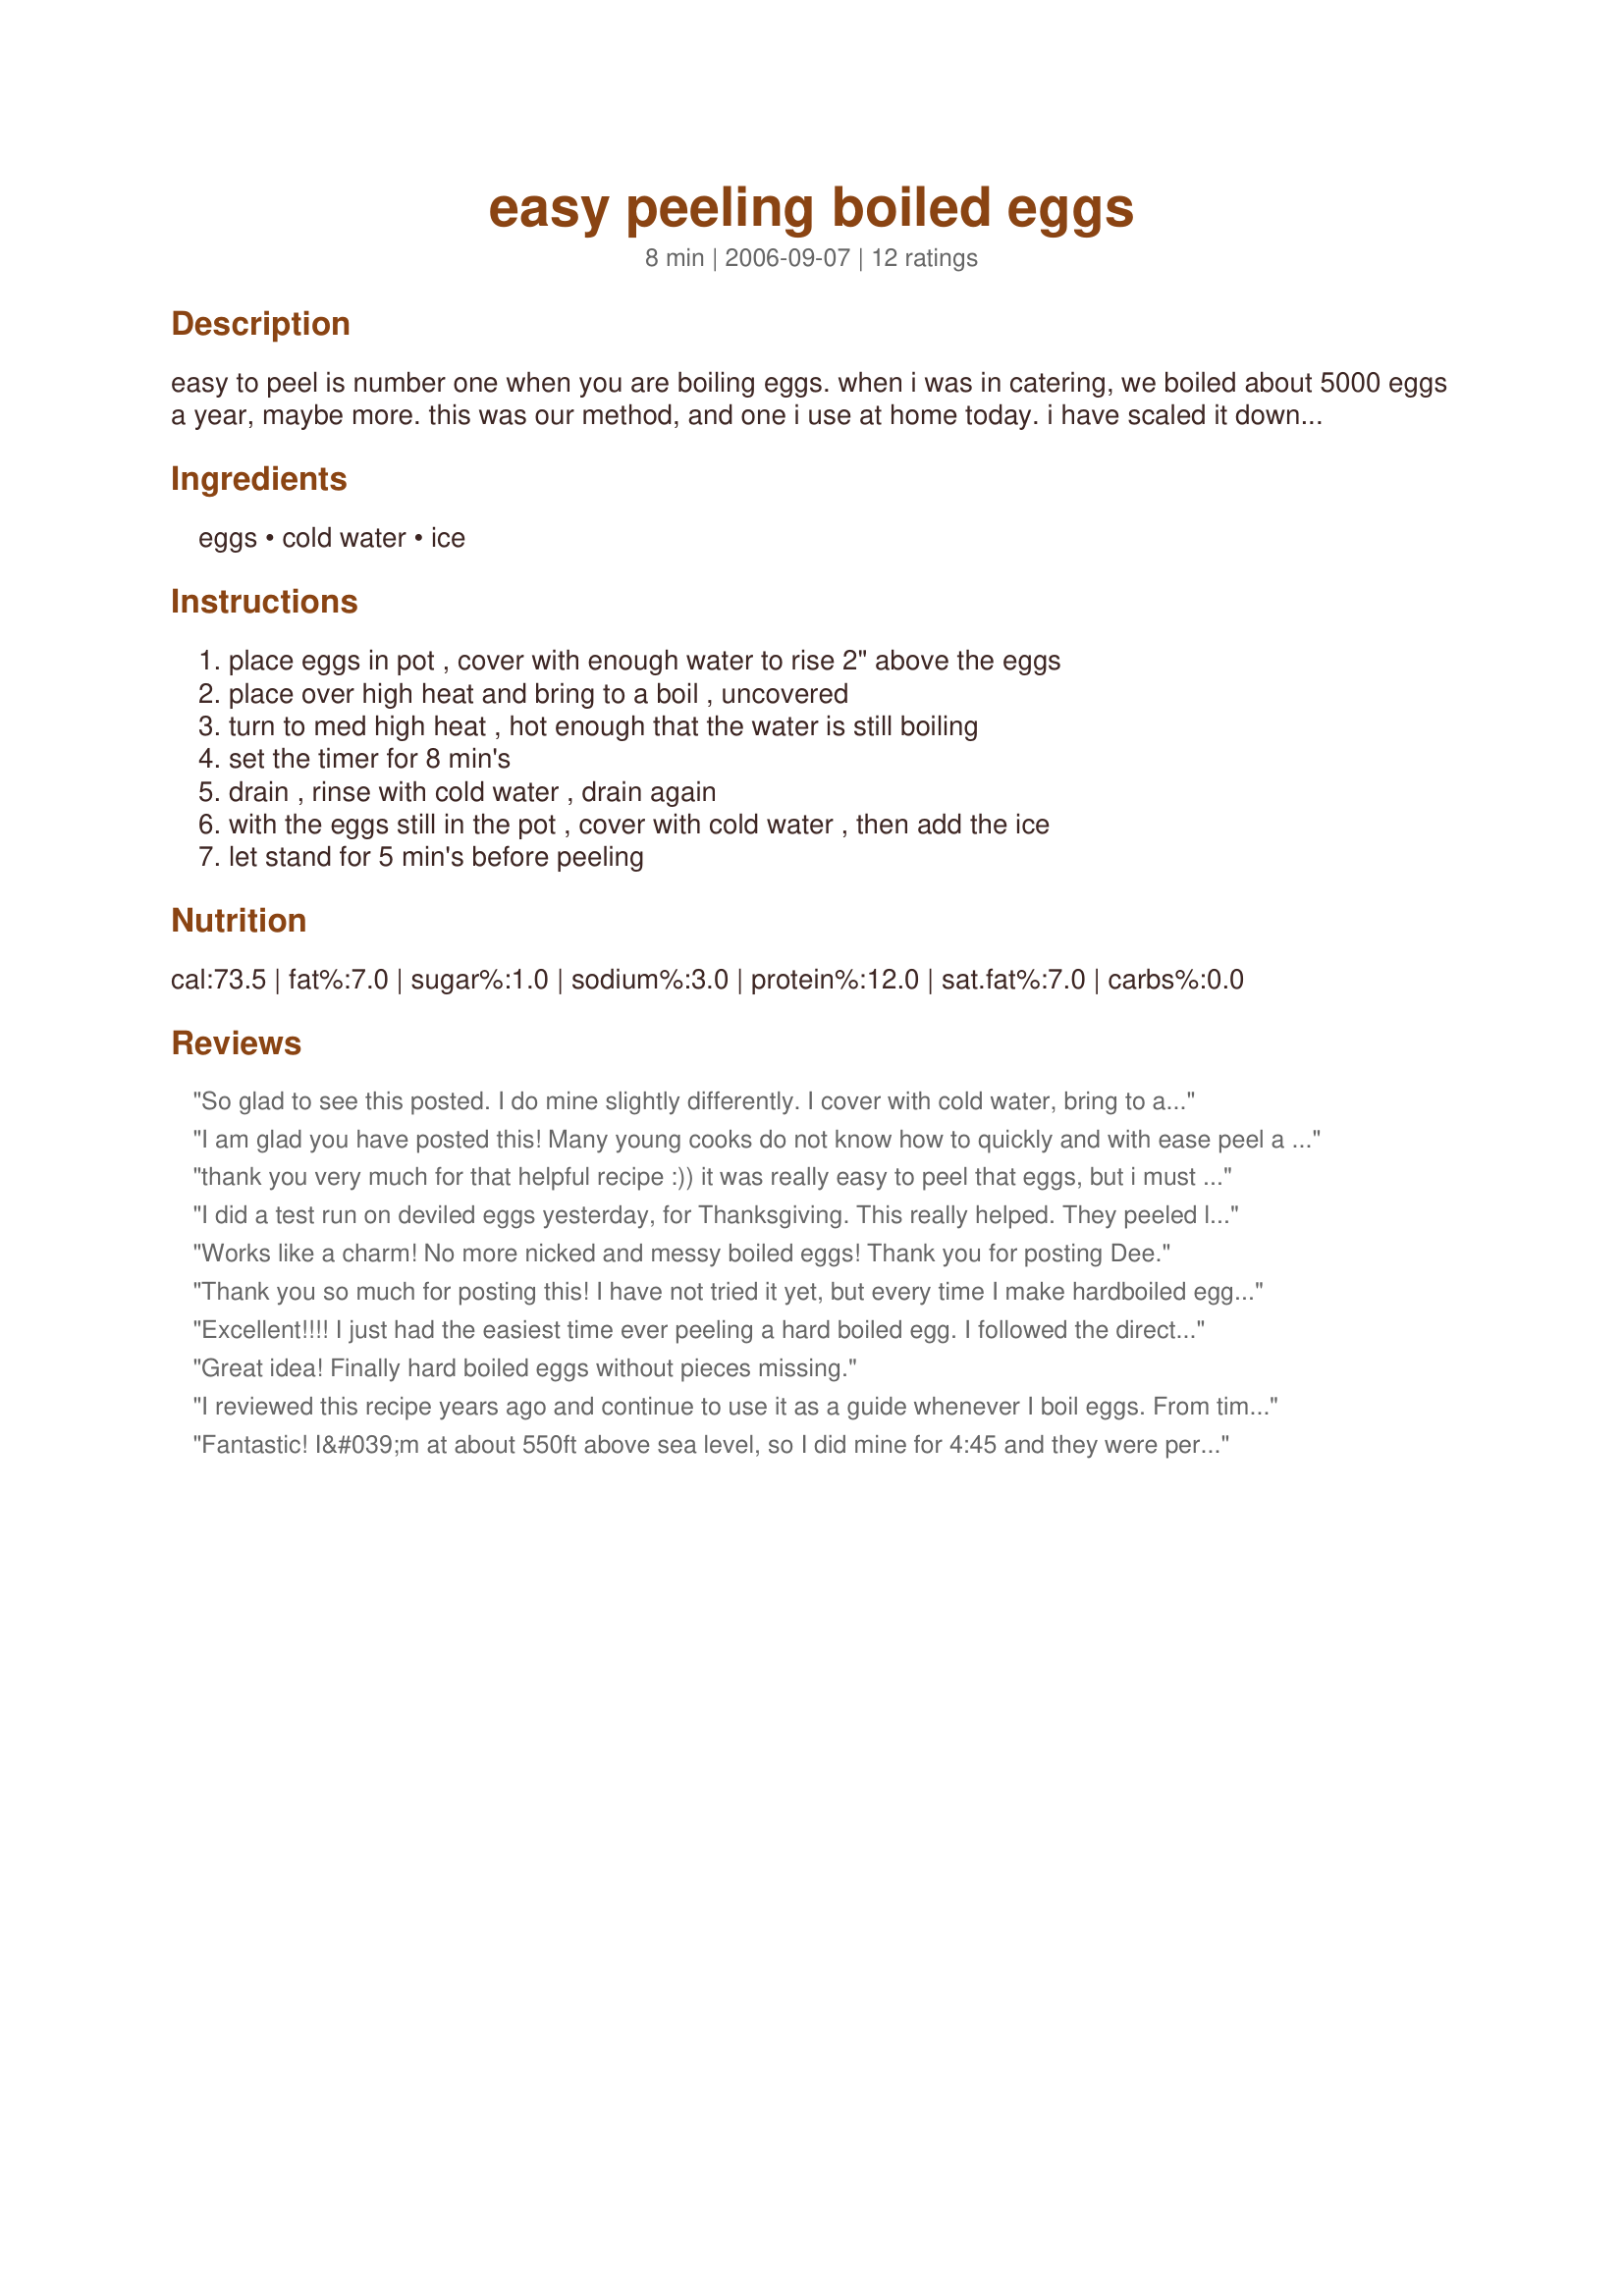
easy peeling boiled eggs
Preparation time: 8 minutes

easy to peel is number one when you are boiling eggs. when i was in catering, we boiled about 5000 eggs a year, maybe more. this was our method, and one i use at home today. i have scaled it down for your home kitchen.

Ingredients:
eggs, cold water, ice

Steps:
place eggs in pot , cover with enough water to rise 2" above the eggs, place over high heat and bring to a boil , uncovered, turn to med high heat , hot enough that the water is still boiling, set the timer for 8 min's, drain , rinse with cold water , drain again, with the eggs still in the pot , cover with cold water , then add the ice, let stand for 5 min's before peeling

Reviews:
So glad to see this posted. I do mine slightly differently. I cover with cold water, bring to a boil covered. Turn off flame and let them sit for 20 minutes. Then I just run the whole pot under cold water, tipping out the warm water until it feels cold. I put a piece of paper towel on the counter and take an egg at a time and hit it on its top and bottom hard enough to give the shells good cracked ends. Then I gently roll that egg under my hand on the paper towel, not to hard, and the shell just slips off once the membrane breakes. Dip it back in the pot for a quick rince and place aside. Continue with next egg, refreshing cold water if necessary but usually min is ok. But I only boil maybe 5 at a time at most. Have you ever tried roasting an egg? The egg is so creamy after a long slow roast. 
Hugs...Annie
I am glad you have posted this! Many young cooks do not know how to quickly and with ease peel a hard boiled egg. We need more recipes with "back to basics" methods.
thank you very much for that helpful recipe :)) it was really easy to peel that eggs, but i must tell you, i think i came behind your secret of peeling that eggs ;) all i will say is, these eggs are really w-h-i-t-e!:) i dont want to let the others notice, so thats all i can tell, it always easier being white:) thank you again:)
I did a test run on deviled eggs yesterday, for Thanksgiving. This really helped. They peeled like a dream. Thanks for the tips!
Works like a charm! No more nicked and messy boiled eggs! Thank you for posting Dee.
Thank you so much for posting this! I have not tried it yet, but every time I make hardboiled eggs, when I peel them I end up mangling them and making them look awful, and as a result no one wants to eat them. I can't wait to try this technique, thank you!
Excellent!!!! I just had the easiest time ever peeling a hard boiled egg. I followed the directions exactly and this technique worked like a charm. This is the way I will hard boil eggs from now on. THANK YOU!
Great idea! Finally hard boiled eggs without pieces missing.
I reviewed this recipe years ago and continue to use it as a guide whenever I boil eggs. From time to time I will go to &quot;My Reviews&quot; just to remind myself how long to &quot;boil&quot; and how many minutes to &quot;chill&quot;. It&#039;s still my favorite formula for boiling fresh farm eggs. However, today, July 4th, 2013, there was either a web site glitch OR they have made web site changes AGAIN that I don&#039;t understand. I was unable to find this recipe in &quot;My Reviews&quot;. No words matched. So I am re-reviewing in order to bump this up and to let other know this is the perfect formula for easy to peel boiled eggs.
Fantastic! I&#039;m at about 550ft above sea level, so I did mine for 4:45 and they were perfect!
I followed the directions exactly and still had trouble peeling the eggs. It seemed to work better when I only cracked one half of the egg. If I rolled the whole egg, it was hard to get the shell off.
I have been hard boiled egg challenged for years... I've never been able get an egg that wasn't mutilated during the peeling process. Your method resluted in a perfectly done egg that peeled effortlessly. THANK YOU so much! I am forever grateful.
